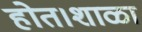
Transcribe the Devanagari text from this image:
होत।शाळा